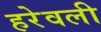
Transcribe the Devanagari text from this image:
हरेवली